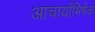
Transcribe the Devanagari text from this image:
आचार्याभिषेक